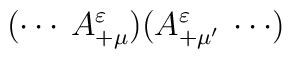
(\cdots\: A^\varepsilon_{+\mu})(A^\varepsilon_{+\mu'}\:\cdots)